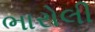
ભારોલી